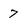
Character: 7